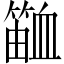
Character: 𬕫